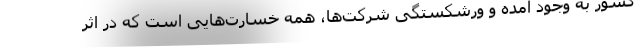
کشور به وجود آمده و ورشکستگی شرکت‌ها، همه‌ خسارت‌هایی است که در اثر